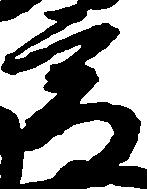
高